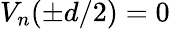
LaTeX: V_{n}(\pm d/2)=0